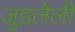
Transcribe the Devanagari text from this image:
जुडलेली